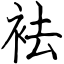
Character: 袪